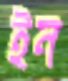
ইন